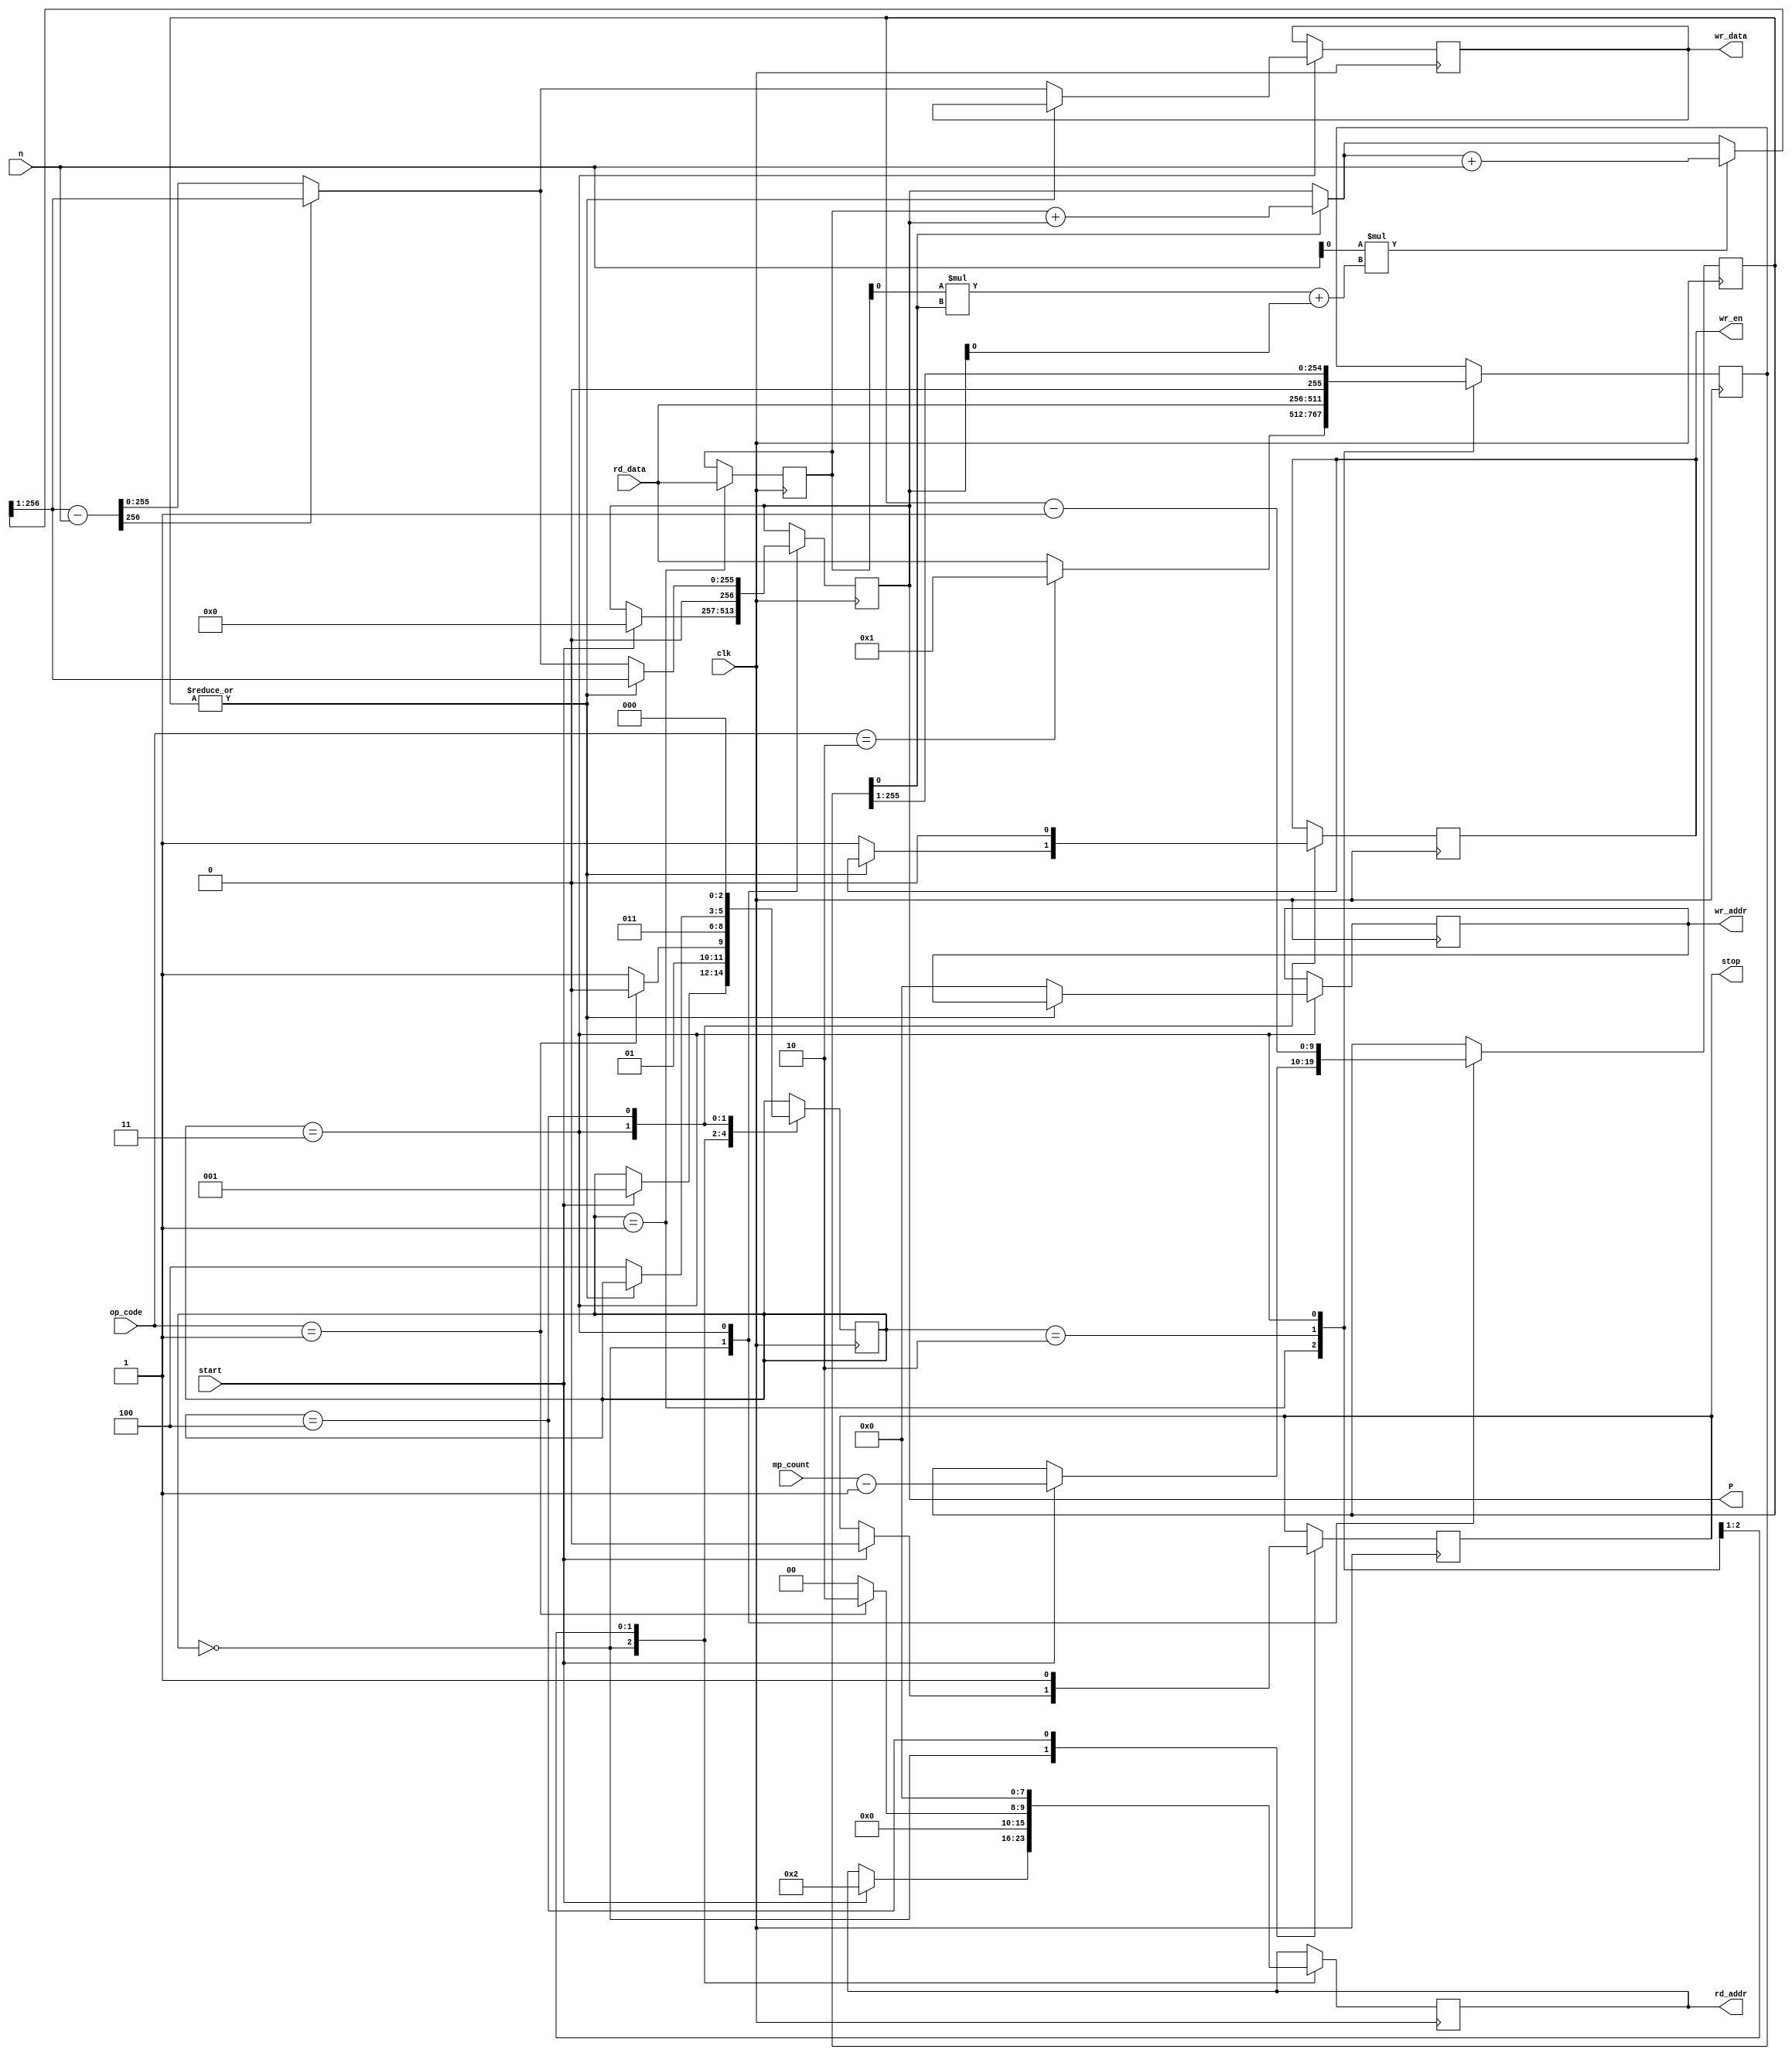
`default_nettype none


/////// NOTE on storing data in memory
// x_bar - [0] low bits
// M_bar - [2] low bits
// m     - not stored in memory as it is always the same
// op_codes:
//    - OPXX = 0 , P = x_bar * x_bar mod m
//    - OPXM = 1, P = x_bar * M_bar mod m
//    - OPX1 = 2, P = x_bar * 1 mod m
//////

module mon_prod (
  clk,
  start,
  op_code,
  n,
  mp_count,
  rd_addr,
  rd_data,
  wr_data,
  wr_addr,
  wr_en,
  stop,
  P,
  );

  parameter ABITS = 8, DBITS = 256;
  parameter BITLEN = 256;
  parameter LOG_BITLEN = 8;
  localparam BETA = 2;
  localparam BETALEN = 1;
  localparam  IDLE = 0;
  localparam  LOADA1 = 1;
  localparam  LOADB1 = 2;
  localparam  CALC = 3;
  localparam  STORE1 = 4;
  localparam  STORE2 = 5;
  localparam  STORE3 = 6;

  localparam OPXX = 2'd0;
  localparam OPXM = 2'd1;
  localparam OPX1 = 2'd2;
  // width of the numbers being multiplied
  // parameter countWidth = 5;{{DBITS-1{1'b0}} rd_data}


  input clk;
  input start;
  input [1:0] op_code;
  input [BITLEN-1:0] n;
  input [LOG_BITLEN:0] mp_count;
  input [DBITS-1:0] rd_data;

  output reg  [ABITS-1:0] rd_addr;
  initial rd_addr = 0;
  output reg  [DBITS-1:0] wr_data;
  output reg  [ABITS-1:0] wr_addr;
  initial wr_addr = 0;
  output reg wr_en;
  initial wr_en = 0;
  output reg stop;
  output reg [BITLEN + BETALEN - 1:0] P;
  initial P = 1025'b0;



  wire [BETALEN-1:0] B_cat;
  assign B_cat = {BETALEN{1'b0}};
  wire [BETALEN-1:0] a0;
  // wire [BETALEN-1:0] m0;
  wire [BETALEN-1:0] mu;

  reg [BITLEN-1:0] A;
  reg [BITLEN-1:0] B;
  reg [2:0]state;
  initial A = {BITLEN{1'b1}};
  initial B = {BITLEN{1'b1}};
  initial state = IDLE;

  // reg [BETALEN-1:0] bt;
  reg [BETALEN-1:0] p0;
  // reg [BETALEN-1:0] qt;
  reg [9:0] count;
  reg [BITLEN + BETALEN - 1:0] P_norm;
  reg [BITLEN + BETALEN - 1:0] P_mid;
  reg [BITLEN + BETALEN - 1:0] P_mid2;


  assign a0 = A[BETALEN-1:0];
  // assign m0 = n[BETALEN-1:0];
  // assign mu = (m0 == 2'd3) ? 2'd1 :
  //             (m0 == 2'd1) ? 2'd3 :
  //             2'd0;
  assign mu = n[BETALEN-1:0];

  wire calc_end;
  assign calc_end = !(| count); // stop = 1 if count is 0


  reg [BETALEN-1:0] small_mult;

  always @(posedge clk) begin
    // $display("mon_prod start: %d", start);
    // $display("start: A: %0d, B: %0d, n: %0d", A, B, n);
    //$display("\nnew clock\n");
    case (state)
      IDLE: begin
        if (start) begin
          // Load the low bits of A, either
          //$display("OPxx?> %0d", op_code === OPXX);
          //$display("OPx1?> %0d", op_code === OPX1);
          rd_addr <= 2; // there is a 2 clock cycle delay for read values, because of commiting of registers
          state <= LOADA1;
          stop <= 0;
          P <= {BITLEN+1 {1'b0}};
          // TODO for real life it should be mp_count-1
          //count <= mp_count; // should be BITLEN if power of 2, otherwise next highest power of 2
          //TODO for fake life it should be mp_count
          count <= mp_count-1; // should be BITLEN if power of 2, otherwise next highest power of 2
          $display("mp_count: %0d", mp_count);
        end
      end

      LOADA1: begin
        A[DBITS-1:0] <= rd_data; // rd data is from addr 0
        B[DBITS-1:0] <= (op_code == OPX1) ? {{DBITS-2{1'b0}}, 1'b1} : rd_data;
        state <= (op_code == OPXM) ? LOADB1: CALC;
        rd_addr <= (op_code == OPXM) ? 2 : 0;
      end

      //LOADA2: begin
        //A[BITLEN-1:DBITS] <= rd_data; // rd data is from addr 1
        //B[BITLEN-1:DBITS] <= (op_code == OPX1) ? {{511{1'b0}}, 1'b1} : rd_data;
        //if (op_code == OPX1) B[DBITS-1:0] <=  {{511{1'b0}}, 1'b1};
        //rd_addr <= (op_code == OPXM) ? 3 : 0;
        //state <= (op_code == OPXM) ? LOADB1: CALC;
        //if(!(op_code == OPXM)) $display("Calc> A: %0d, B: %0d, M: %0d", A, B, M);
      //end

      LOADB1: begin
        B <= {{DBITS-1{1'b0}}, rd_data}; // rd data is from addr 2
        rd_addr <= 0;
        state <= CALC;
        //$display("Calc> A: %0d, B: %0d, M: %0d", A, B, M);
      end

      //LOADB2: begin
        //B <= {rd_data, B[DBITS-1:0]}; // rd data is from addr 3
        //rd_addr <= 0;
        //state <= CALC;
        //$display("Calc> A: %0d, B: %0d, M: %0d", A, B, M);

      //end

      CALC: begin

        //$display("Calc2> A: %0d, B: %0d, M: %0d", A, B, M);

        //$display("big_mult: %0d", A);
        //$display("small_mult: %0d", (B[BETALEN-1:0]));
        P_mid =  (B[BETALEN-1:0]) ? (A + P) :  P;

        small_mult = (mu * (a0 * B[BETALEN-1:0] + P[BETALEN-1:0]));
        //$display("big_mult: %0d", M);
        //$display("small_mult: %0d", small_mult);
        P_mid2 = small_mult ? (P_mid + n) : P_mid;
        B = {B_cat, B[BITLEN-1:BETALEN]};
        P = P_mid2 >> BETALEN;
        count = count - 1;

        //$display("P: %0d", P);

        if (calc_end) begin
          P_norm = P - n;
          P = P_norm[BETALEN + BITLEN - 1] ? P : P_norm;
          //$display("CALC_END: %0d", P);
          state = STORE1;
          wr_data = P[DBITS-1:0];
          wr_en = 1'b1;
          wr_addr = 0;
          //$display("wr_addr: %0d", wr_addr);
        end
        // else it will stay at calc
      end

      //STORE1: begin
        //wr_data <= P[`BITLEN-1:DBITS];
        //wr_en <= 1'b1;
        //wr_addr <= 1;
        //$display("wr_addr: %0d", wr_addr);
        //state <= STORE2;
      //end

      STORE1: begin
        wr_en <= 1'b0;
        state <= IDLE;
        stop <= 1;
        //state <= STORE2;
      end

      //STORE2: begin
        //state <= STORE3;
      //end

      //STORE3: begin
        ////P <= rd_data;
        //state <= IDLE;
        //stop <= 1;
      //end
    endcase
  end
endmodule